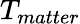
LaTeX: T_{matter}